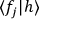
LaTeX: \langle f _ { j } | h \rangle